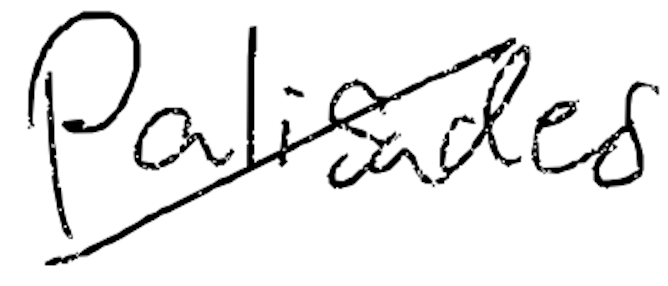
Text: Palisades
Cross-out: diagonal
Writing tool: digital_black